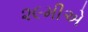
૨૯મીએ